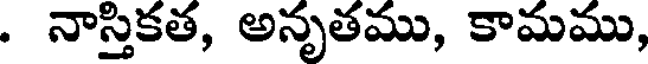
. నాస్తికత, అనృతము, కామము,